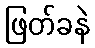
ဖြတ်ခနဲ